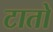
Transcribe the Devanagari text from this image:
टातो